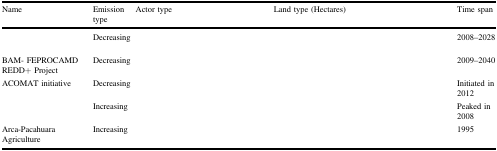
<table><thead><tr><td><b>Name</b></td><td><b>Emission type</b></td><td><b>Actor type</b></td><td><b>Land type (Hectares)</b></td><td><b>Time span</b></td></tr></thead><tbody><tr><td>[EMPTY_CELL]</td><td>Decreasing</td><td>[EMPTY_CELL]</td><td>[EMPTY_CELL]</td><td>2008–2028</td></tr><tr><td>BAM- FEPROCAMD REDD+ Project</td><td>Decreasing</td><td>[EMPTY_CELL]</td><td>[EMPTY_CELL]</td><td>2009–2040</td></tr><tr><td>ACOMAT initiative</td><td>Decreasing</td><td>[EMPTY_CELL]</td><td>[EMPTY_CELL]</td><td>Initiated in 2012</td></tr><tr><td>[EMPTY_CELL]</td><td>Increasing</td><td>[EMPTY_CELL]</td><td>[EMPTY_CELL]</td><td>Peaked in 2008</td></tr><tr><td>Arca-Pacahuara Agriculture</td><td>Increasing</td><td>[EMPTY_CELL]</td><td>[EMPTY_CELL]</td><td>1995</td></tr></tbody></table>